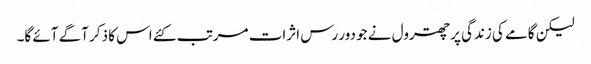
لیکن گامے کی زندگی پر چھترول نے جو دور رس اثرات مرتب کئے اس کا ذکر آگے آئے گا۔